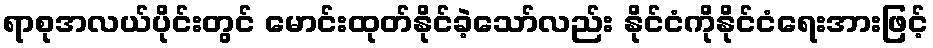
ရာစုအလယ်ပိုင်းတွင် မောင်းထုတ်နိုင်ခဲ့သော်လည်း နိုင်ငံကိုနိုင်ငံရေးအားဖြင့်